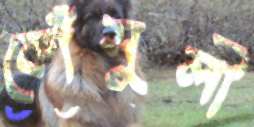
কৌঁসুলী